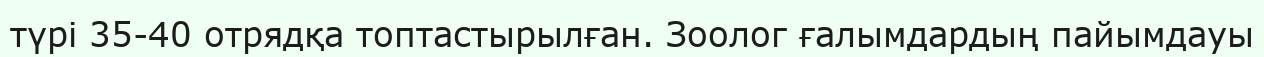
түрі 35-40 отрядқа топтастырылған. Зоолог ғалымдардың пайымдауы